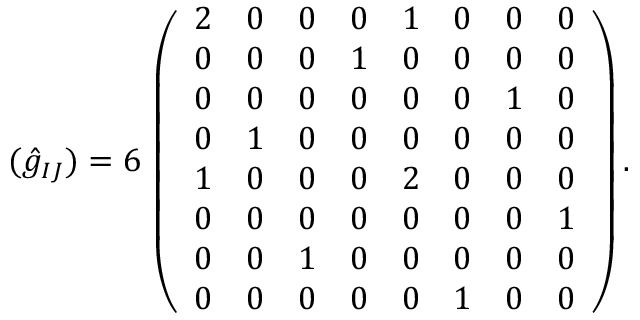
( \hat { g } _ { I J } ) = 6 \, \left( \begin{array} { c c c c c c c c } { { 2 } } & { { 0 } } & { { 0 } } & { { 0 } } & { { 1 } } & { { 0 } } & { { 0 } } & { { 0 } } \\ { { 0 } } & { { 0 } } & { { 0 } } & { { 1 } } & { { 0 } } & { { 0 } } & { { 0 } } & { { 0 } } \\ { { 0 } } & { { 0 } } & { { 0 } } & { { 0 } } & { { 0 } } & { { 0 } } & { { 1 } } & { { 0 } } \\ { { 0 } } & { { 1 } } & { { 0 } } & { { 0 } } & { { 0 } } & { { 0 } } & { { 0 } } & { { 0 } } \\ { { 1 } } & { { 0 } } & { { 0 } } & { { 0 } } & { { 2 } } & { { 0 } } & { { 0 } } & { { 0 } } \\ { { 0 } } & { { 0 } } & { { 0 } } & { { 0 } } & { { 0 } } & { { 0 } } & { { 0 } } & { { 1 } } \\ { { 0 } } & { { 0 } } & { { 1 } } & { { 0 } } & { { 0 } } & { { 0 } } & { { 0 } } & { { 0 } } \\ { { 0 } } & { { 0 } } & { { 0 } } & { { 0 } } & { { 0 } } & { { 1 } } & { { 0 } } & { { 0 } } \end{array} \right) .